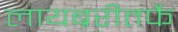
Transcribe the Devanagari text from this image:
लायब्ररीतर्फे